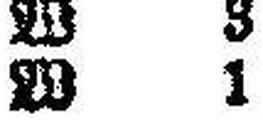
W 1